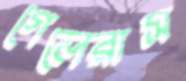
গেলেরাস